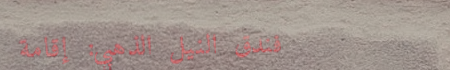
فندق النيل الذهبي: إقامة